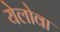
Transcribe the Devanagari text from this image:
येलोवा